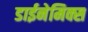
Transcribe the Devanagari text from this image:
डाईनेमिक्स